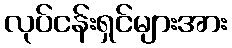
လုပ်ငန်းရှင်များအား